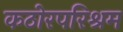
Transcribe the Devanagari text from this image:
कठोरपरिश्रम